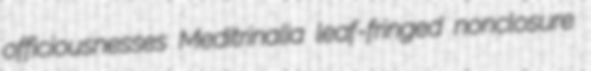
officiousnesses Meditrinalia leaf-fringed nonclosure